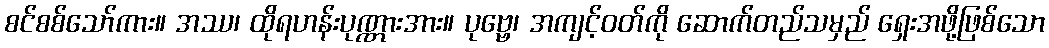
စင်စစ်သော်ကား။ အဿ၊ ထိုရဟန်းပုဏ္ဏားအား။ ပုဗ္ဗေ၊ အကျင့်ဝတ်ကို ဆောက်တည်သမှည် ရှေးအဖို့ဖြစ်သော